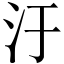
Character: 汙